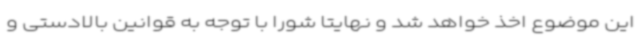
این موضوع اخذ خواهد شد و نهایتا شورا با توجه به قوانین بالادستی و